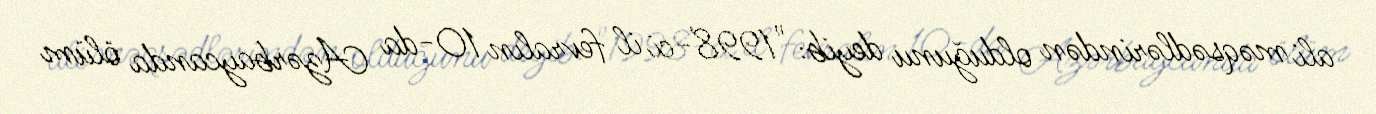
ali məqsədlərindən olduğunu deyib: "1998-ci il fevralın 10-da Azərbaycanda ölüm